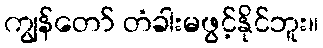
ကျွန်တော် တံခါးမဖွင့်နိုင်ဘူး။